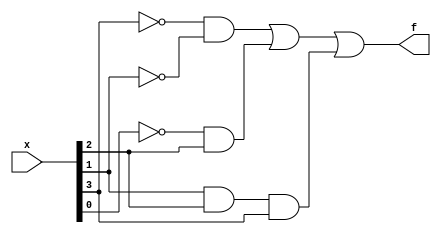
module top_module (
    input [4:1] x,
    output f
); 
    wire not_x1, not_x2, not_x4, w1, w2, w3;
    
    not (not_x1, x[1]);
    not (not_x2, x[2]);
    not (not_x4, x[4]);
    
    and (w1, not_x4, not_x2);
    and (w2, not_x1, x[3]);
    and (w3, x[2], x[3], x[4]);
    or (f, w1, w2,w3);
endmodule